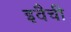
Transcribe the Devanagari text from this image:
इवैची